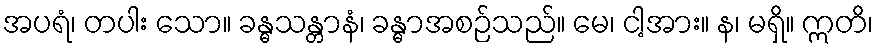
အပရံ၊ တပါး သော။ ခန္ဓသန္တာနံ၊ ခန္ဓာအစဉ်သည်။ မေ၊ ငါ့အား။ န၊ မရှိ။ ဣတိ၊